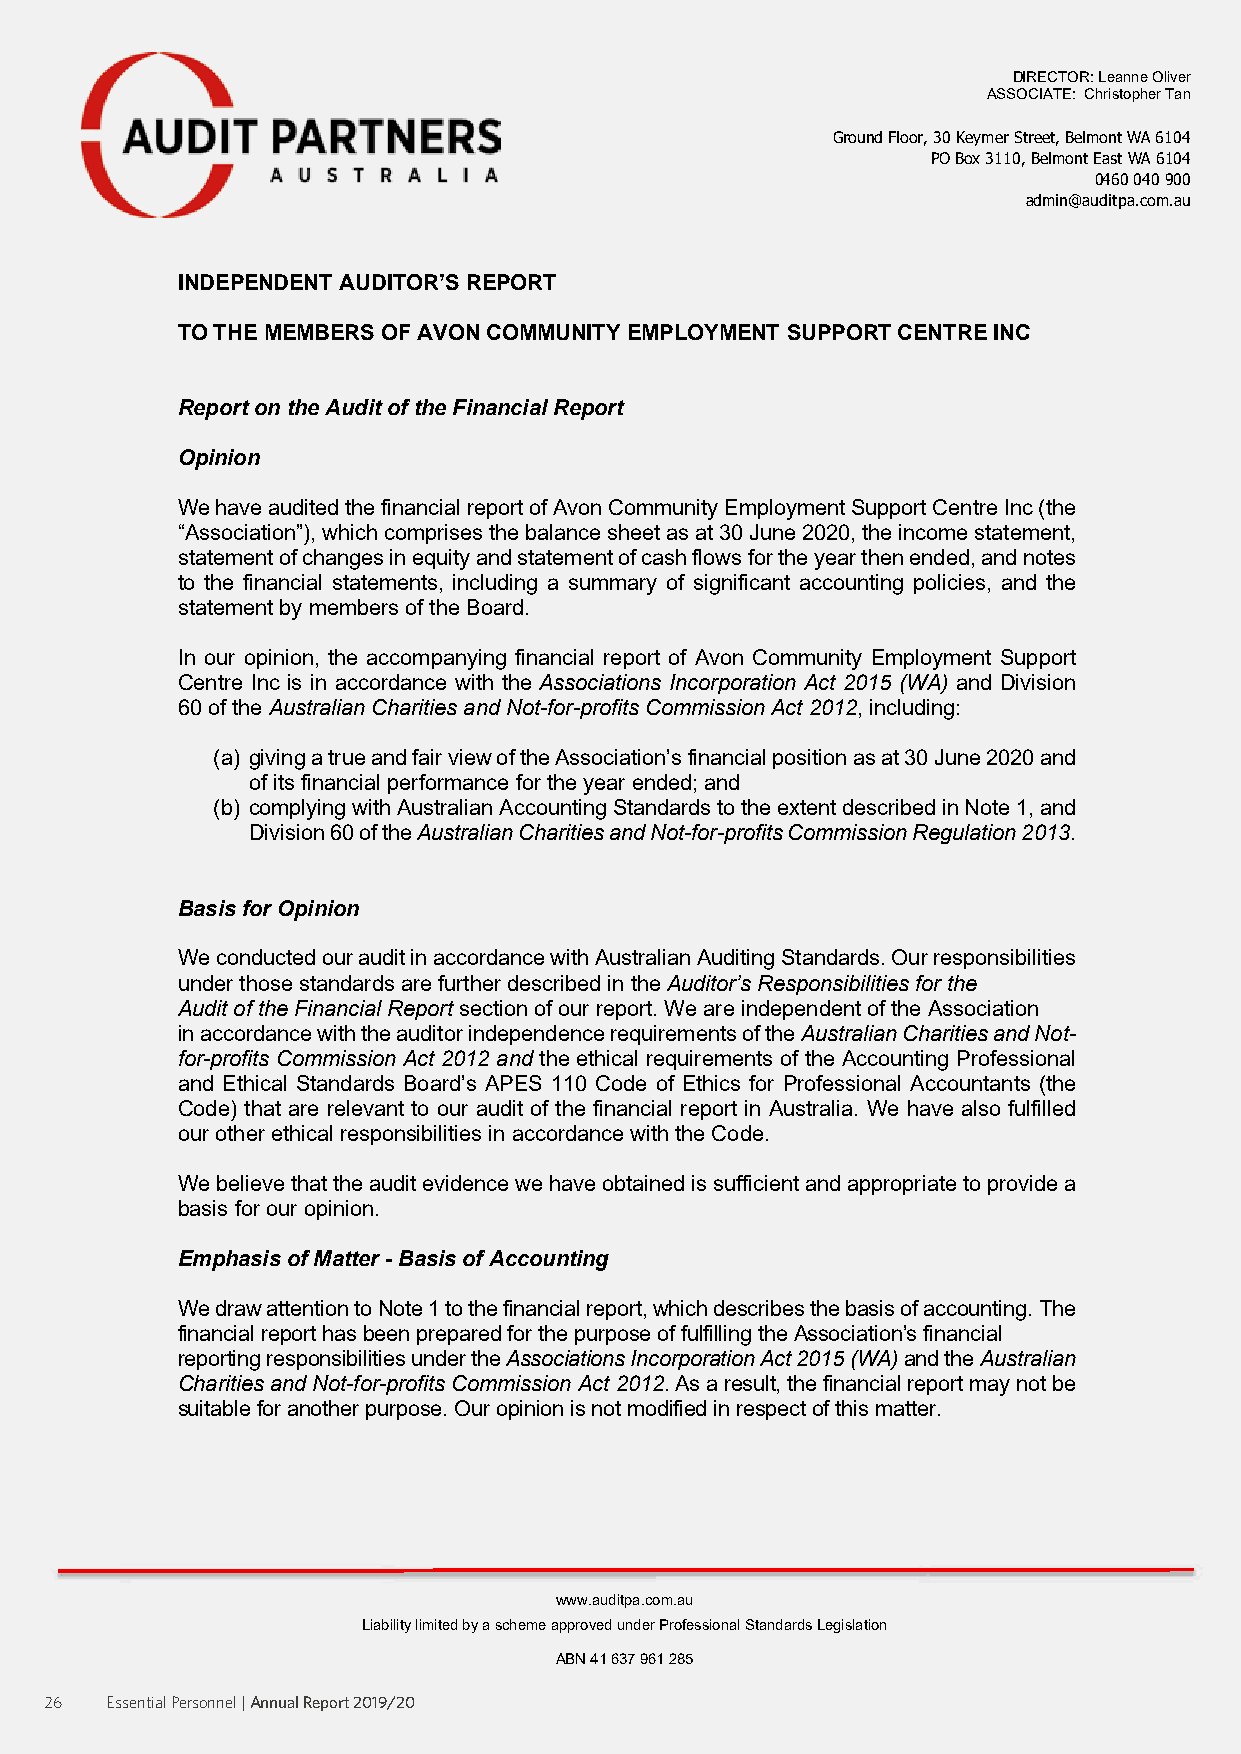
DIRECTOR: Leanne Oliver
 ASSOCIATE: Christopher Tan
 Ground Floor, 30 Keymer Street, Belmont WA 6104
 PO Box 3110, Belmont East WA 6104
 0460 040 900
 admin@auditpa.com.au
 INDEPENDENT AUDITOR’S REPORT
 TO THE MEMBERS OF AVON COMMUNITY EMPLOYMENT SUPPORT CENTRE INC
 Report on the Audit of the Financial Report
 Opinion
 We have audited the financial report of Avon Community Employment Support Centre Inc (the
 “Association”), which comprises the balance sheet as at 30 June 2020, the income statement,
 statement of changes in equity and statement of cash flows for the year then ended, and notes
 to the financial statements, including a summary of significant accounting policies, and the
 statement by members of the Board.
 In our opinion, the accompanying financial report of Avon Community Employment Support
 Centre Inc is in accordance with the Associations Incorporation Act 2015 (WA) and Division
 60 of the Australian Charities and Not-for-profits Commission Act 2012, including:
 (a) giving a true and fair view of the Association’s financial position as at 30 June 2020 and
 of its financial performance for the year ended; and
 (b) complying with Australian Accounting Standards to the extent described in Note 1, and
 Division 60 of the Australian Charities and Not-for-profits Commission Regulation 2013.
 Basis for Opinion
 We conducted our audit in accordance with Australian Auditing Standards. Our responsibilities
 under those standards are further described in the Auditor’s Responsibilities for the
 Audit of the Financial Report section of our report. We are independent of the Association
 in accordance with the auditor independence requirements of the Australian Charities and Not-
 for-profits Commission Act 2012 and the ethical requirements of the Accounting Professional
 and Ethical Standards Board’s APES 110 Code of Ethics for Professional Accountants (the
 Code) that are relevant to our audit of the financial report in Australia. We have also fulfilled
 our other ethical responsibilities in accordance with the Code.
 We believe that the audit evidence we have obtained is sufficient and appropriate to provide a
 basis for our opinion.
 Emphasis of Matter - Basis of Accounting
 We draw attention to Note 1 to the financial report, which describes the basis of accounting. The
 financial report has been prepared for the purpose of fulfilling the Association’s financial
 reporting responsibilities under the Associations Incorporation Act 2015 (WA) and the Australian
 Charities and Not-for-profits Commission Act 2012. As a result, the financial report may not be
 suitable for another purpose. Our opinion is not modified in respect of this matter.
 www.auditpa.com.au
 Liability limited by a scheme approved under Professional Standards Legislation
 ABN 41 637 961 285
 26  Essential Personnel | Annual Report 2019/20